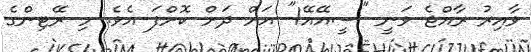
ވާއިރު ރާއްޖެ ވަނީ "ސީއޭއޭ1" އަށް ދަށް ކޮށްފަ އެވެ. މި ރޭޓިންގެ